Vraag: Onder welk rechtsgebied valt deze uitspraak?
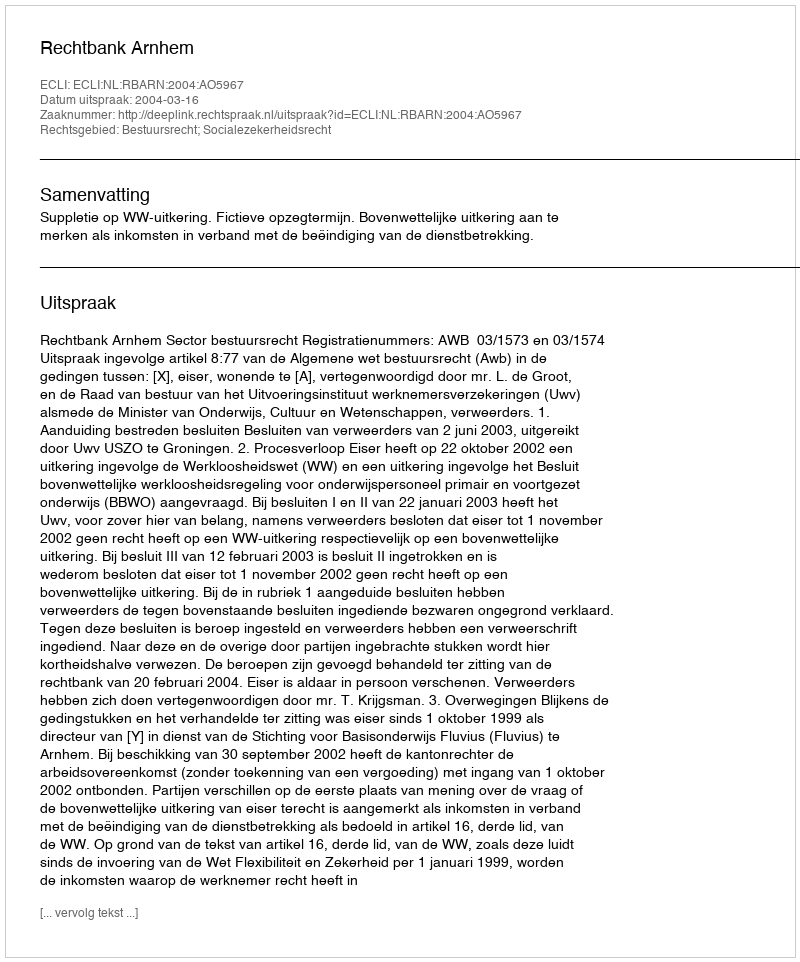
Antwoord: Bestuursrecht; Socialezekerheidsrecht